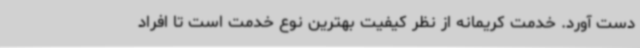
دست آورد. خدمت کریمانه از نظر کیفیت بهترین نوع خدمت است تا افراد